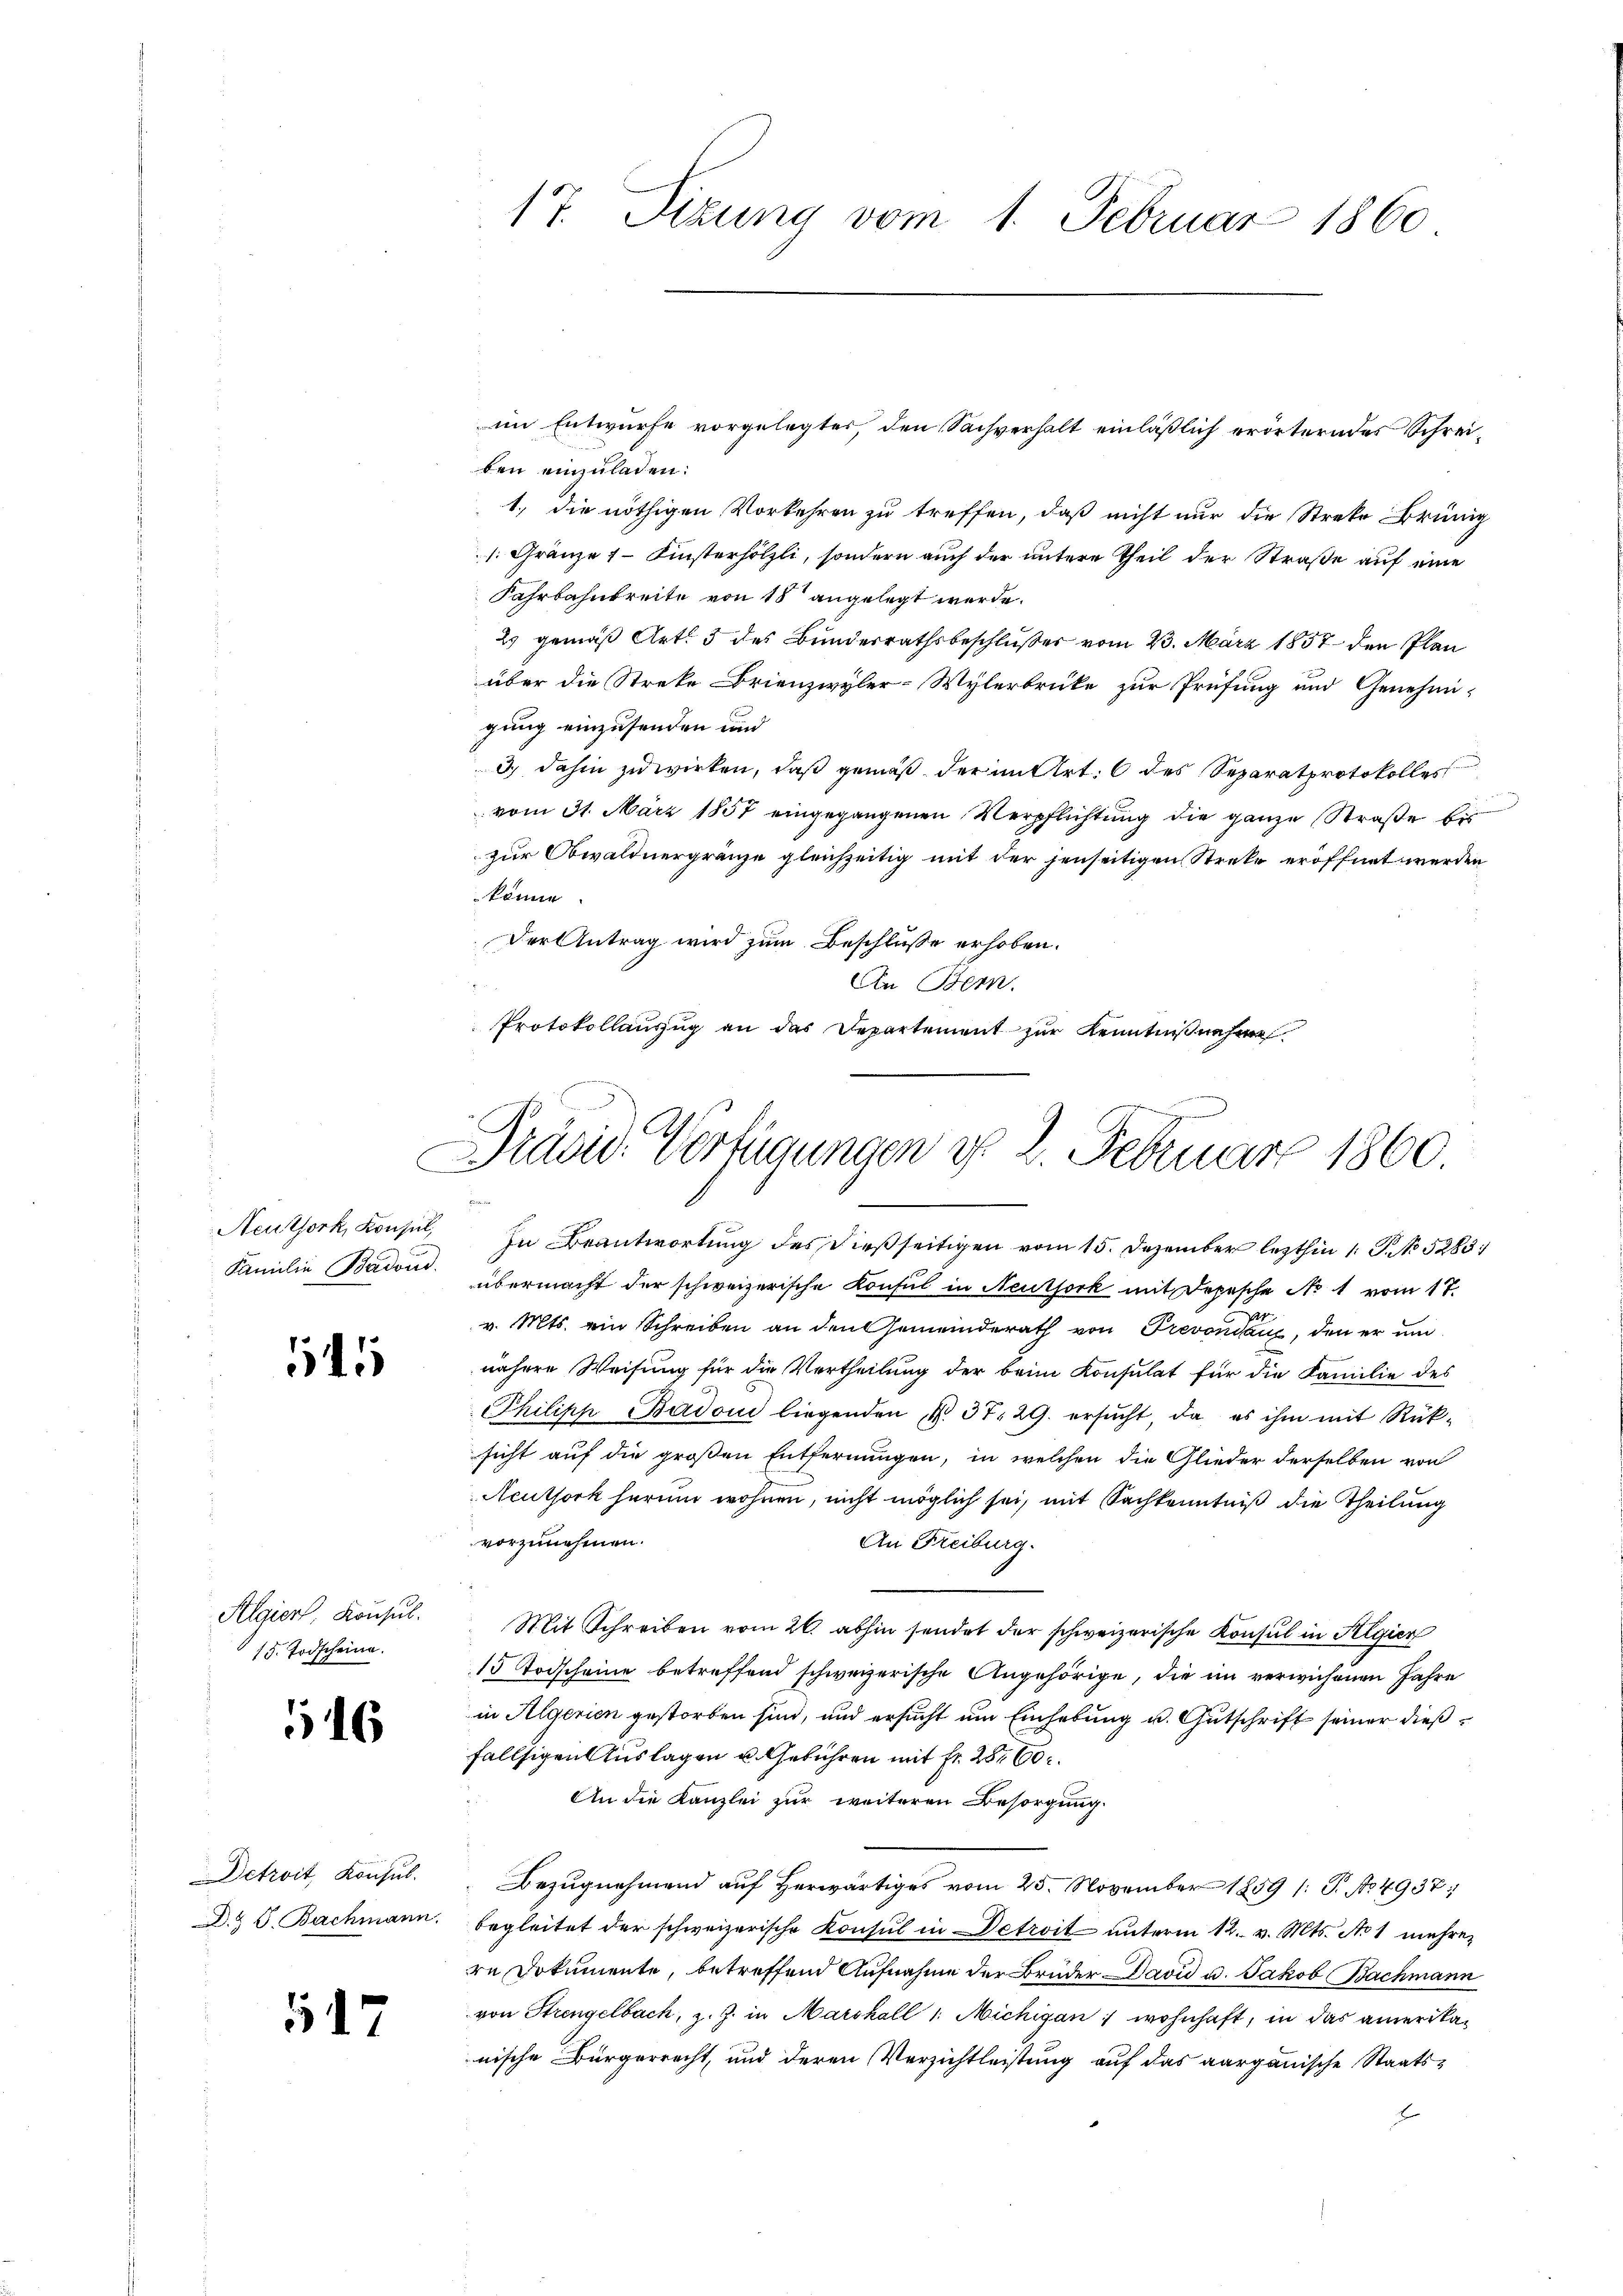
Neuthork, Konsul,

55

Algier, Konsul.
15. Todscheine.

116

Detroit, Konsul
D. S. Bachmann.

517

im Entwurfe vorgelegter, den Sachverhalt einläßlich erörterndes Schreiben einzuladen.
1.) die nöthigen Vorkehren zu treffen, daß nicht nur die Streke Brünig
s. Gränze 1. Finsterhölzli, sondern auch der untere Theil der Straße auf eine
Fahrbahnbreite von 18 angelegt werde.
2. gemäß Art. 3 des Bundesrathsbeschlußes vom 23. März 1857 den Plan
über die Streke Brienzwyler-Wylerbrüke zur Prüfung und Genehmi-
gung einzusenden und
3) dahin zu wirken, daß gemäß der im Art. 6 des Separatprotokolles
vom 31. März 1857 eingegangenen Verpflichtung die ganze Straße bis
zur Obwaldnergränze gleichzeitig mit der jenseitigen Streke eröffnet werden
 könne.
Der Antrag wird zum Beschlüsse erhoben.
An Bern.
Protokollauszug an das Departement zur Kenntniß nehme

In Beantwortung des dießseitigen vom 15. Dezember lezthin 1 S. 5283
Familie Baden übermacht der schweizerische Konsul in Neuthork mit Depesche No 1 vom 17.
v. Mts. ein Schreiben an den Gemeinderath von Prevondau, den er und
nähere Weisung für die Vertheilung der beim Konsulat für die Familie des
Philipp Badon liegenden N. 37. 29. ersŭcht, da es ihm mit Rück-
sicht auf die großen Entfernungen, in welchen die Glieder derselben von
Neuthork herum wohnen, nicht möglich sei, mit Sachkenntniß die Theilung
vorzunehmen.
An Freiburg.
Mit Schreiben vom 26. abhin sendet der schweizerische Konsul in Algier
15 Todscheine betreffend schweizerische Angehörige, die im verwichenen Jahre
in Algerien gestorben sind, und ersucht um Einhebung u. Gutschrift seiner dießfallsigen Auslagen u. Gebühren mit Fr. 28,60
An die Kanzlei zur weiteren Besorgung
Bezugnehmend auf Herwärtiges vom 25. November 1859 /: P. No 4937;
begleitet der schweizerische Konsul in Detroit unterm 12. v. Mts. No 1 mehrer
rn Dokumente, betreffend Aufnahme der Brüder David u. Jakob Bachmann
von Strengelbach, z. Z. in Marchall /: Michigan wohnhaft, in das amerikanische Bürgerrecht, und deren Verzichtleistung auf das aargauische Staats¬

17. Sizung vom 1. Februar 1860

Präsid. Verfügungen d. 2. Februar 1860.